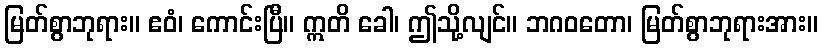
မြတ်စွာဘုရား။ ဧဝံ၊ ကောင်းပြီ။ ဣတိ ခေါ၊ ဤသို့လျင်။ ဘဂဝတော၊ မြတ်စွာဘုရားအား။